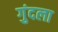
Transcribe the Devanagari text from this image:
गुंदला